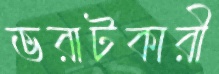
ভরাটকারী